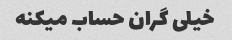
خیلی گران حساب میکنه